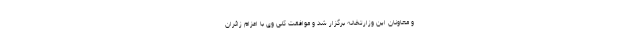
و معاونان این وزارتخانه برگزار شد و موافقت کلی وی با اعزام زائران